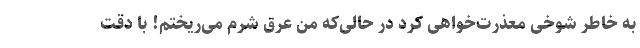
به خاطر شوخی معذرت‌خواهی کرد در حالی‌که من عرق شرم می‌ریختم! با دقت